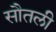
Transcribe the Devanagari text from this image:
सौतली